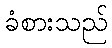
ခံစားသည်